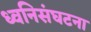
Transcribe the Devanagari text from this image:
ध्वनिसंघटना